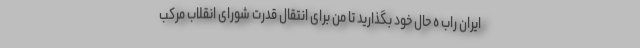
ایران راب ه حال خود بگذارید تا من برای انتقال قدرت شورای انقلاب مرکب